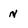
Character: N